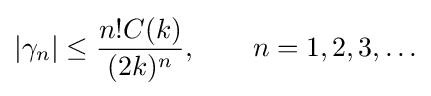
|\gamma _{n}|\leq {\frac {n!C(k)}{(2k)^{n}}},\qquad n=1,2,3,\ldots